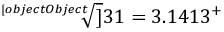
{ \sqrt [ [object Object] ] { 3 1 } } = 3 . 1 4 1 3 ^ { + }